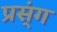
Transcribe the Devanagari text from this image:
प्रस्ंग